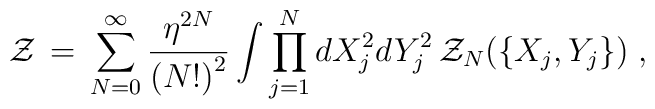
{\cal Z} \,=\, \sum_{N = 0}^{\infty} \frac{{\eta}^{2 N}}{{(N !)}^2}\int \prod_{j =1}^N d X^2_j d Y^2_j \, {\cal Z}_N (\{ X_j , Y_j \}) \;,